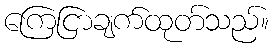
ကြေငြာချက်ထုတ်သည်။